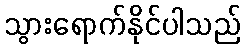
သွားရောက်နိုင်ပါသည်